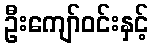
ဦးကျော်ဝင်းနှင့်